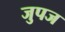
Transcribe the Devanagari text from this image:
जुपज